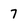
Character: 7